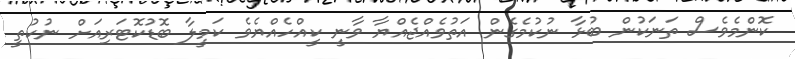
ކޮންމެވެސް ތަނަކުން ބުޅާ ނުކުމެގެން އަތުވެއްޖެއްޔާ ވާނީ ކީއްހެއްޔެވެ ކަމީލާ ބޮޑުކޮޓަރިއަށް ނުކުތީ